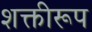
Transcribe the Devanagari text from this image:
शक्तीरूप